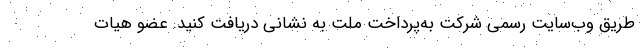
طریق وب‌سایت رسمی شرکت به‌پرداخت ملت به نشانی دریافت کنید. عضو هیات